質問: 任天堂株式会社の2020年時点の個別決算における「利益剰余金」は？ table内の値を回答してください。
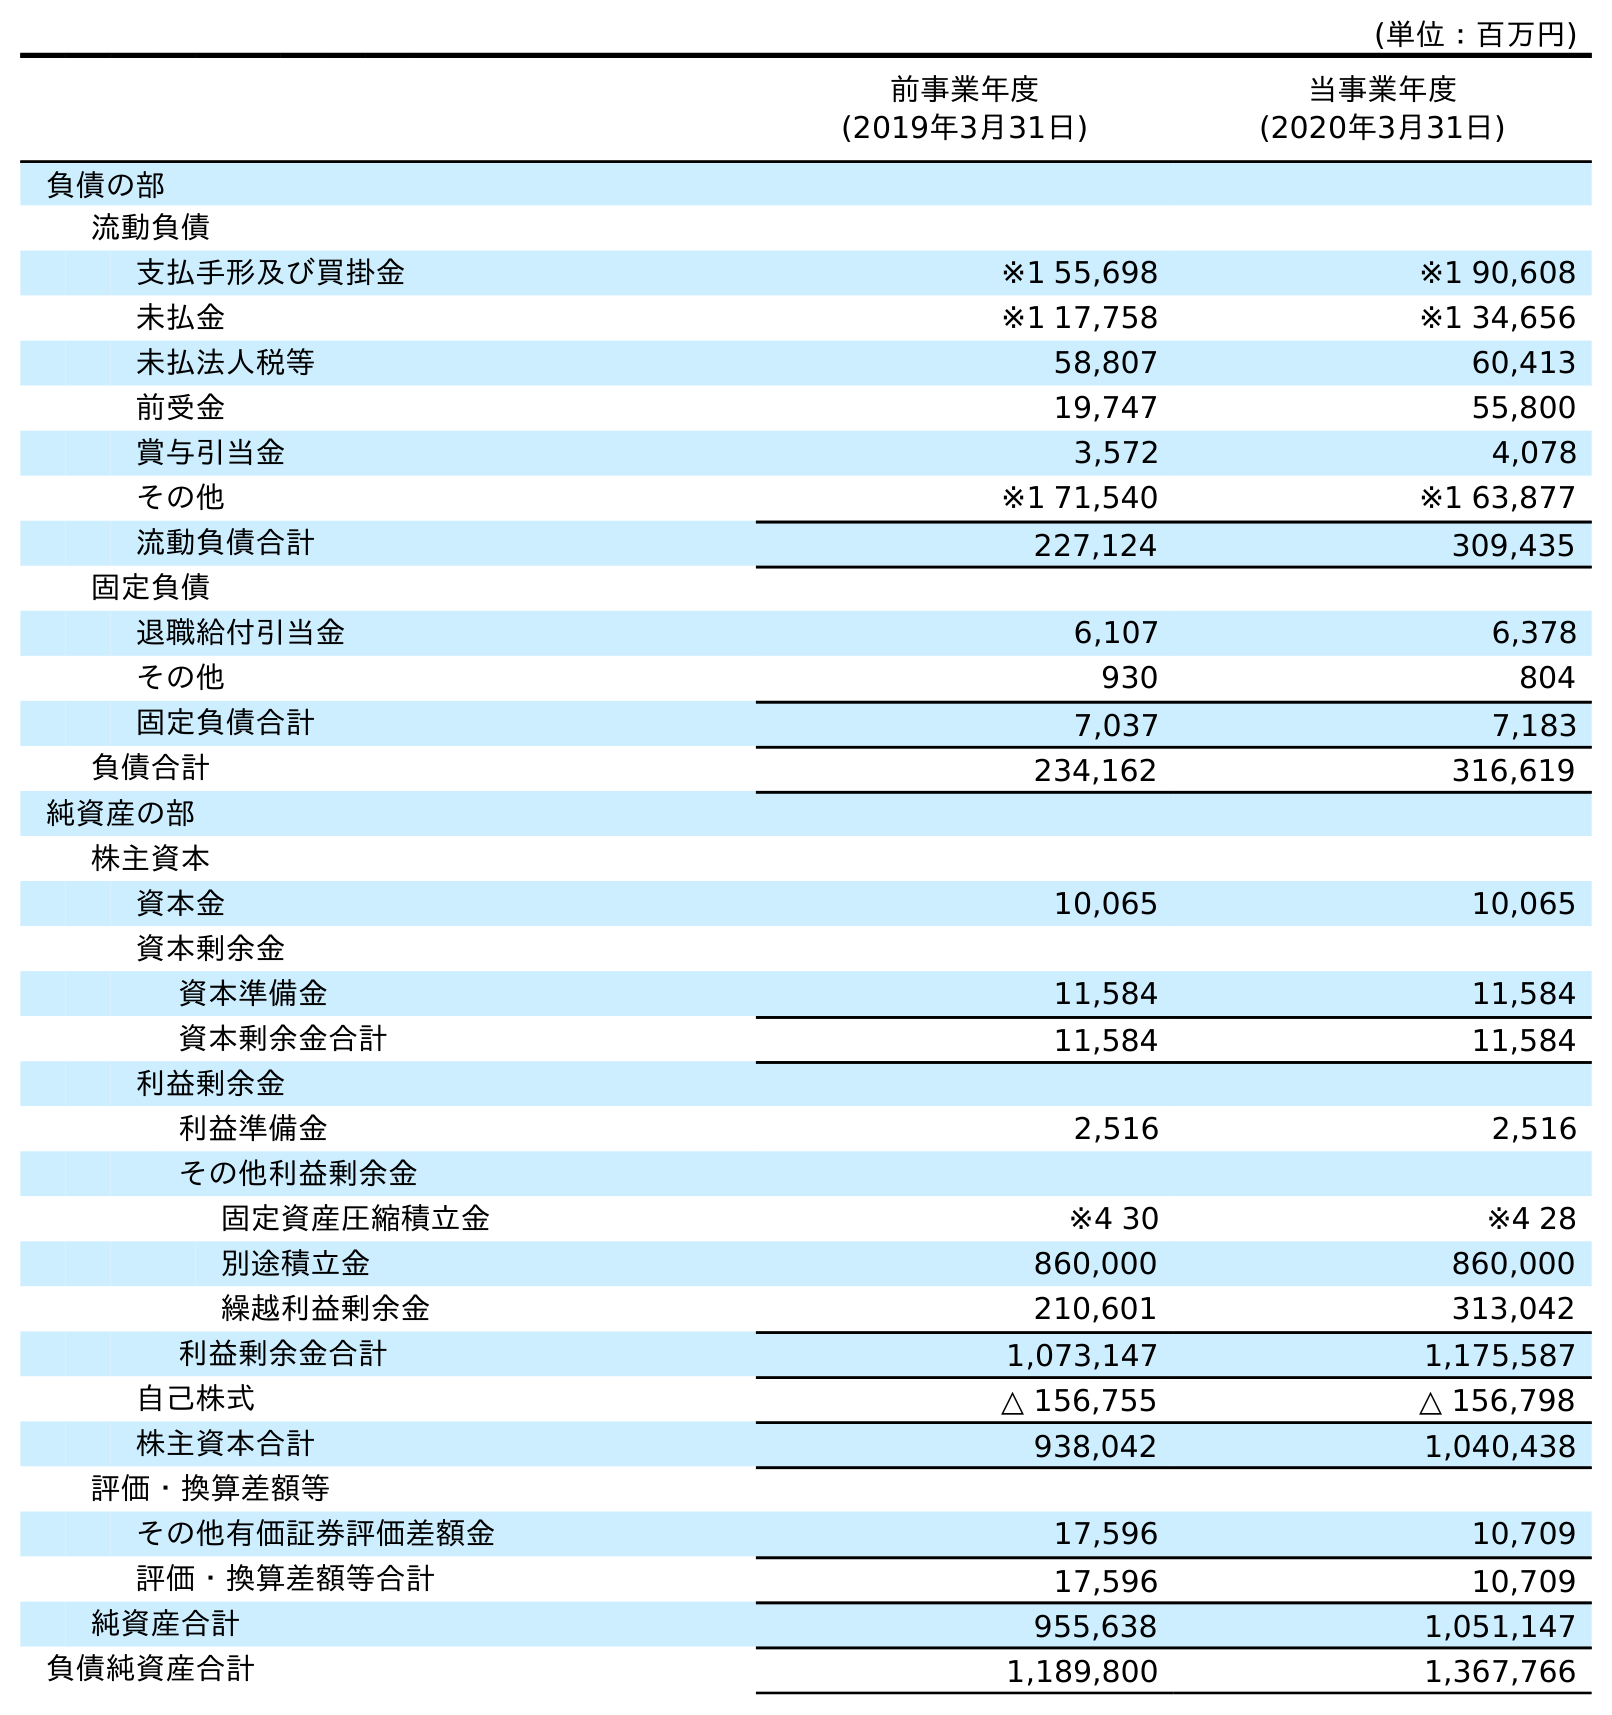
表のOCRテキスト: (単位：百万円) 前事業年度 (2019年3月31日) 当事業年度 (2020年3月31日) 負債の部 流動負債 支払手形及び買掛金 ※1 55,698 ※1 90,608 未払金 ※1 17,758 ※1 34,656 未払法人税等 58,807 60,413 前受金 19,747 55,800 賞与引当金 3,572 4,078 その他 ※1 71,540 ※1 63,877 流動負債合計 227,124 309,435 固定負債 退職給付引当金 6,107 6,378 その他 930 804 固定負債合計 7,037 7,183 負債合計 234,162 316,619 純資産の部 株主資本 資本金 10,065 10,065 資本剰余金 資本準備金 11,584 11,584 資本剰余金合計 11,584 11,584 利益剰余金 利益準備金 2,516 2,516 その他利益剰余金 固定資産圧縮積立金 ※4 30 ※4 28 別途積立金 860,000 860,000 繰越利益剰余金 210,601 313,042 利益剰余金合計 1,073,147 1,175,587 自己株式 △ 156,755 △ 156,798 株主資本合計 938,042 1,040,438 評価・換算差額等 その他有価証券評価差額金 17,596 10,709 評価・換算差額等合計 17,596 10,709 純資産合計 955,638 1,051,147 負債純資産合計 1,189,800 1,367,766
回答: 1,175,587